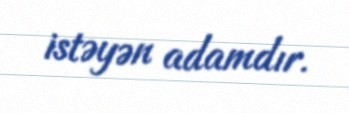
istəyən adamdır.